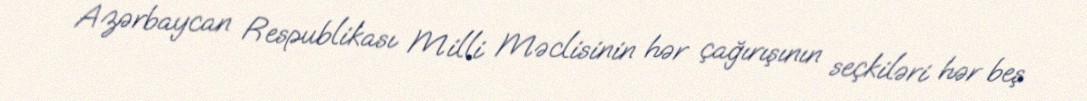
Azərbaycan Respublikası Milli Məclisinin hər çağırışının seçkiləri hər beş